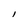
Character: l